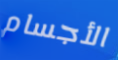
الأجسام